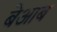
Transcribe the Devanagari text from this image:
बेआब